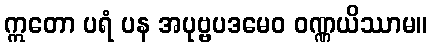
ဣတော ပရံ ပန အပုဗ္ဗပဒမေဝ ဝဏ္ဏယိဿာမ။